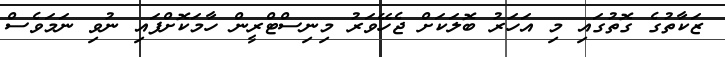
ޒަކާތުގެ ގޮތުގައި މި އަަހަރު ބޮލަކަށް ޖެހޭވަރު މިނިސްޓްރީން ހާމަކޮށްފައި ނުވި ނަމަވެސް